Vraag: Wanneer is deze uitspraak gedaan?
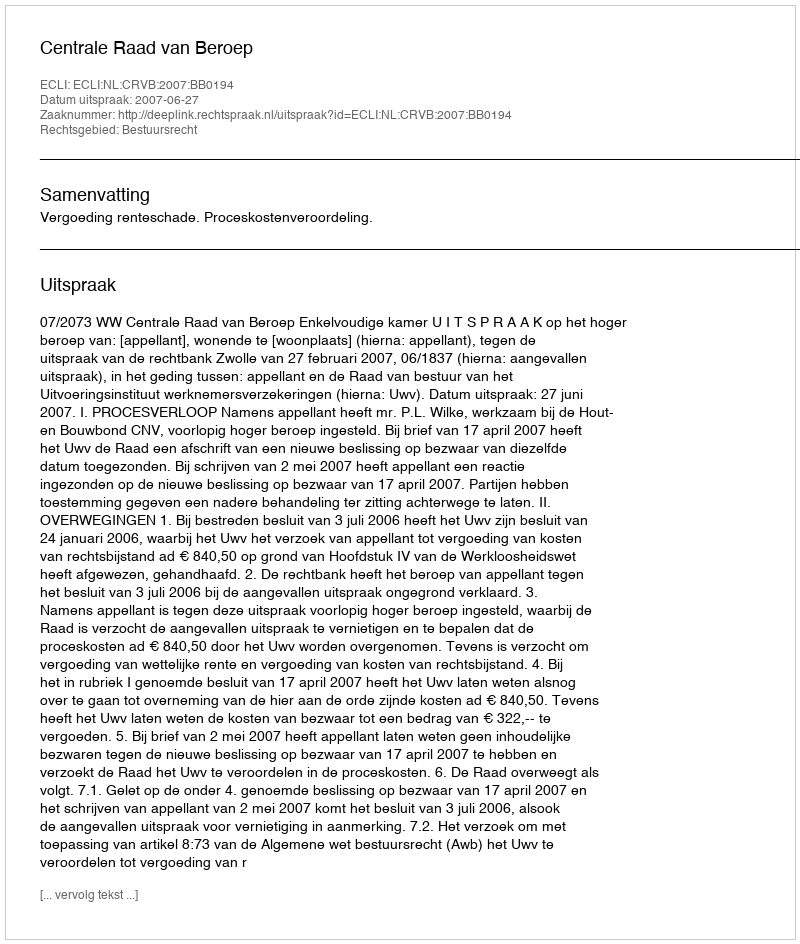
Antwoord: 2007-06-27